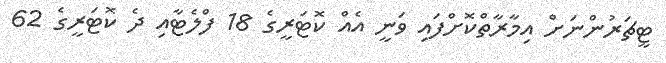
ޓީޗަރުންނަށް އިމާރާތްކޮށްފައި ވަނީ އެއް ކޮޓަރީގެ 18 ފްލެޓާއި ދެ ކޮޓަރީގެ 62